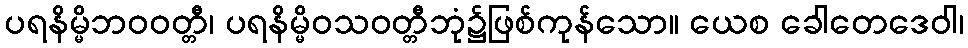
ပရနိမ္မိဘဝဝတ္တီ၊ ပရနိမ္မိဝသဝတ္တီဘုံ၌ဖြစ်ကုန်သော။ ယေစ ခေါတေဒေဝါ၊